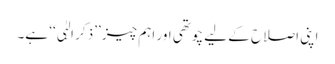
اپنی اصلاح کے لیے چوتھی اور اہم چیز ’’ذکر الہٰی‘‘ ہے۔